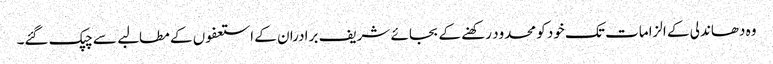
وہ دھاندلی کے الزامات تک خود کو محدود رکھنے کے بجائے شریف برادران کے استعفوں کے مطالبے سے چپک گئے۔